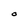
Character: O